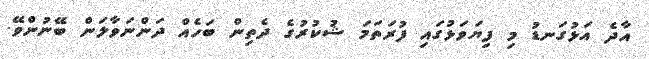
އާދެ އަޅުގަނޑު މި ފިޔަވަޅުގައި ފުރަތަމަ ޝުކުރުގެ ދެތިން ބަހެއް ދަންނަވާލަން ބޭނުންވޭ.